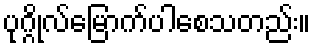
ပုဂ္ဂိုလ်မြောက်ပါစေသတည်း။